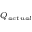
\scriptstyle Q _ { a c t u a l }